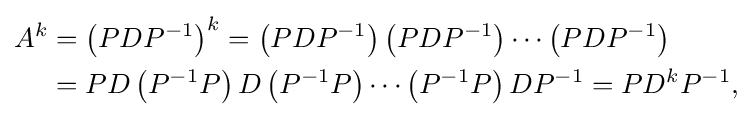
{\begin{aligned}A^{k}&=\left(PDP^{-1}\right)^{k}=\left(PDP^{-1}\right)\left(PDP^{-1}\right)\cdots \left(PDP^{-1}\right)\\&=PD\left(P^{-1}P\right)D\left(P^{-1}P\right)\cdots \left(P^{-1}P\right)DP^{-1}=PD^{k}P^{-1},\end{aligned}}